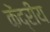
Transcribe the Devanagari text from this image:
केंद्रीय